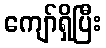
ကျော်ရှိပြီး